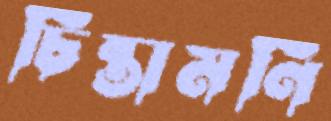
চিন্তামণি